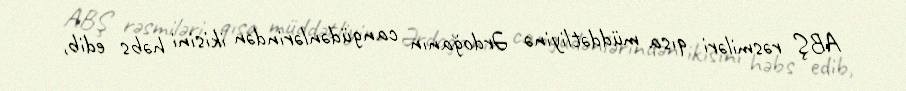
ABŞ rəsmiləri qısa müddətliyinə Ərdoğanın cangüdənlərindən ikisini həbs edib,